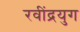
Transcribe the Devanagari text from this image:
रवींद्रयुग